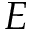
E